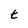
Character: t